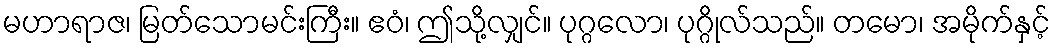
မဟာရာဇ၊ မြတ်သောမင်းကြီး။ ဧဝံ၊ ဤသို့လျှင်။ ပုဂ္ဂလော၊ ပုဂ္ဂိုလ်သည်။ တမော၊ အမိုက်နှင့်